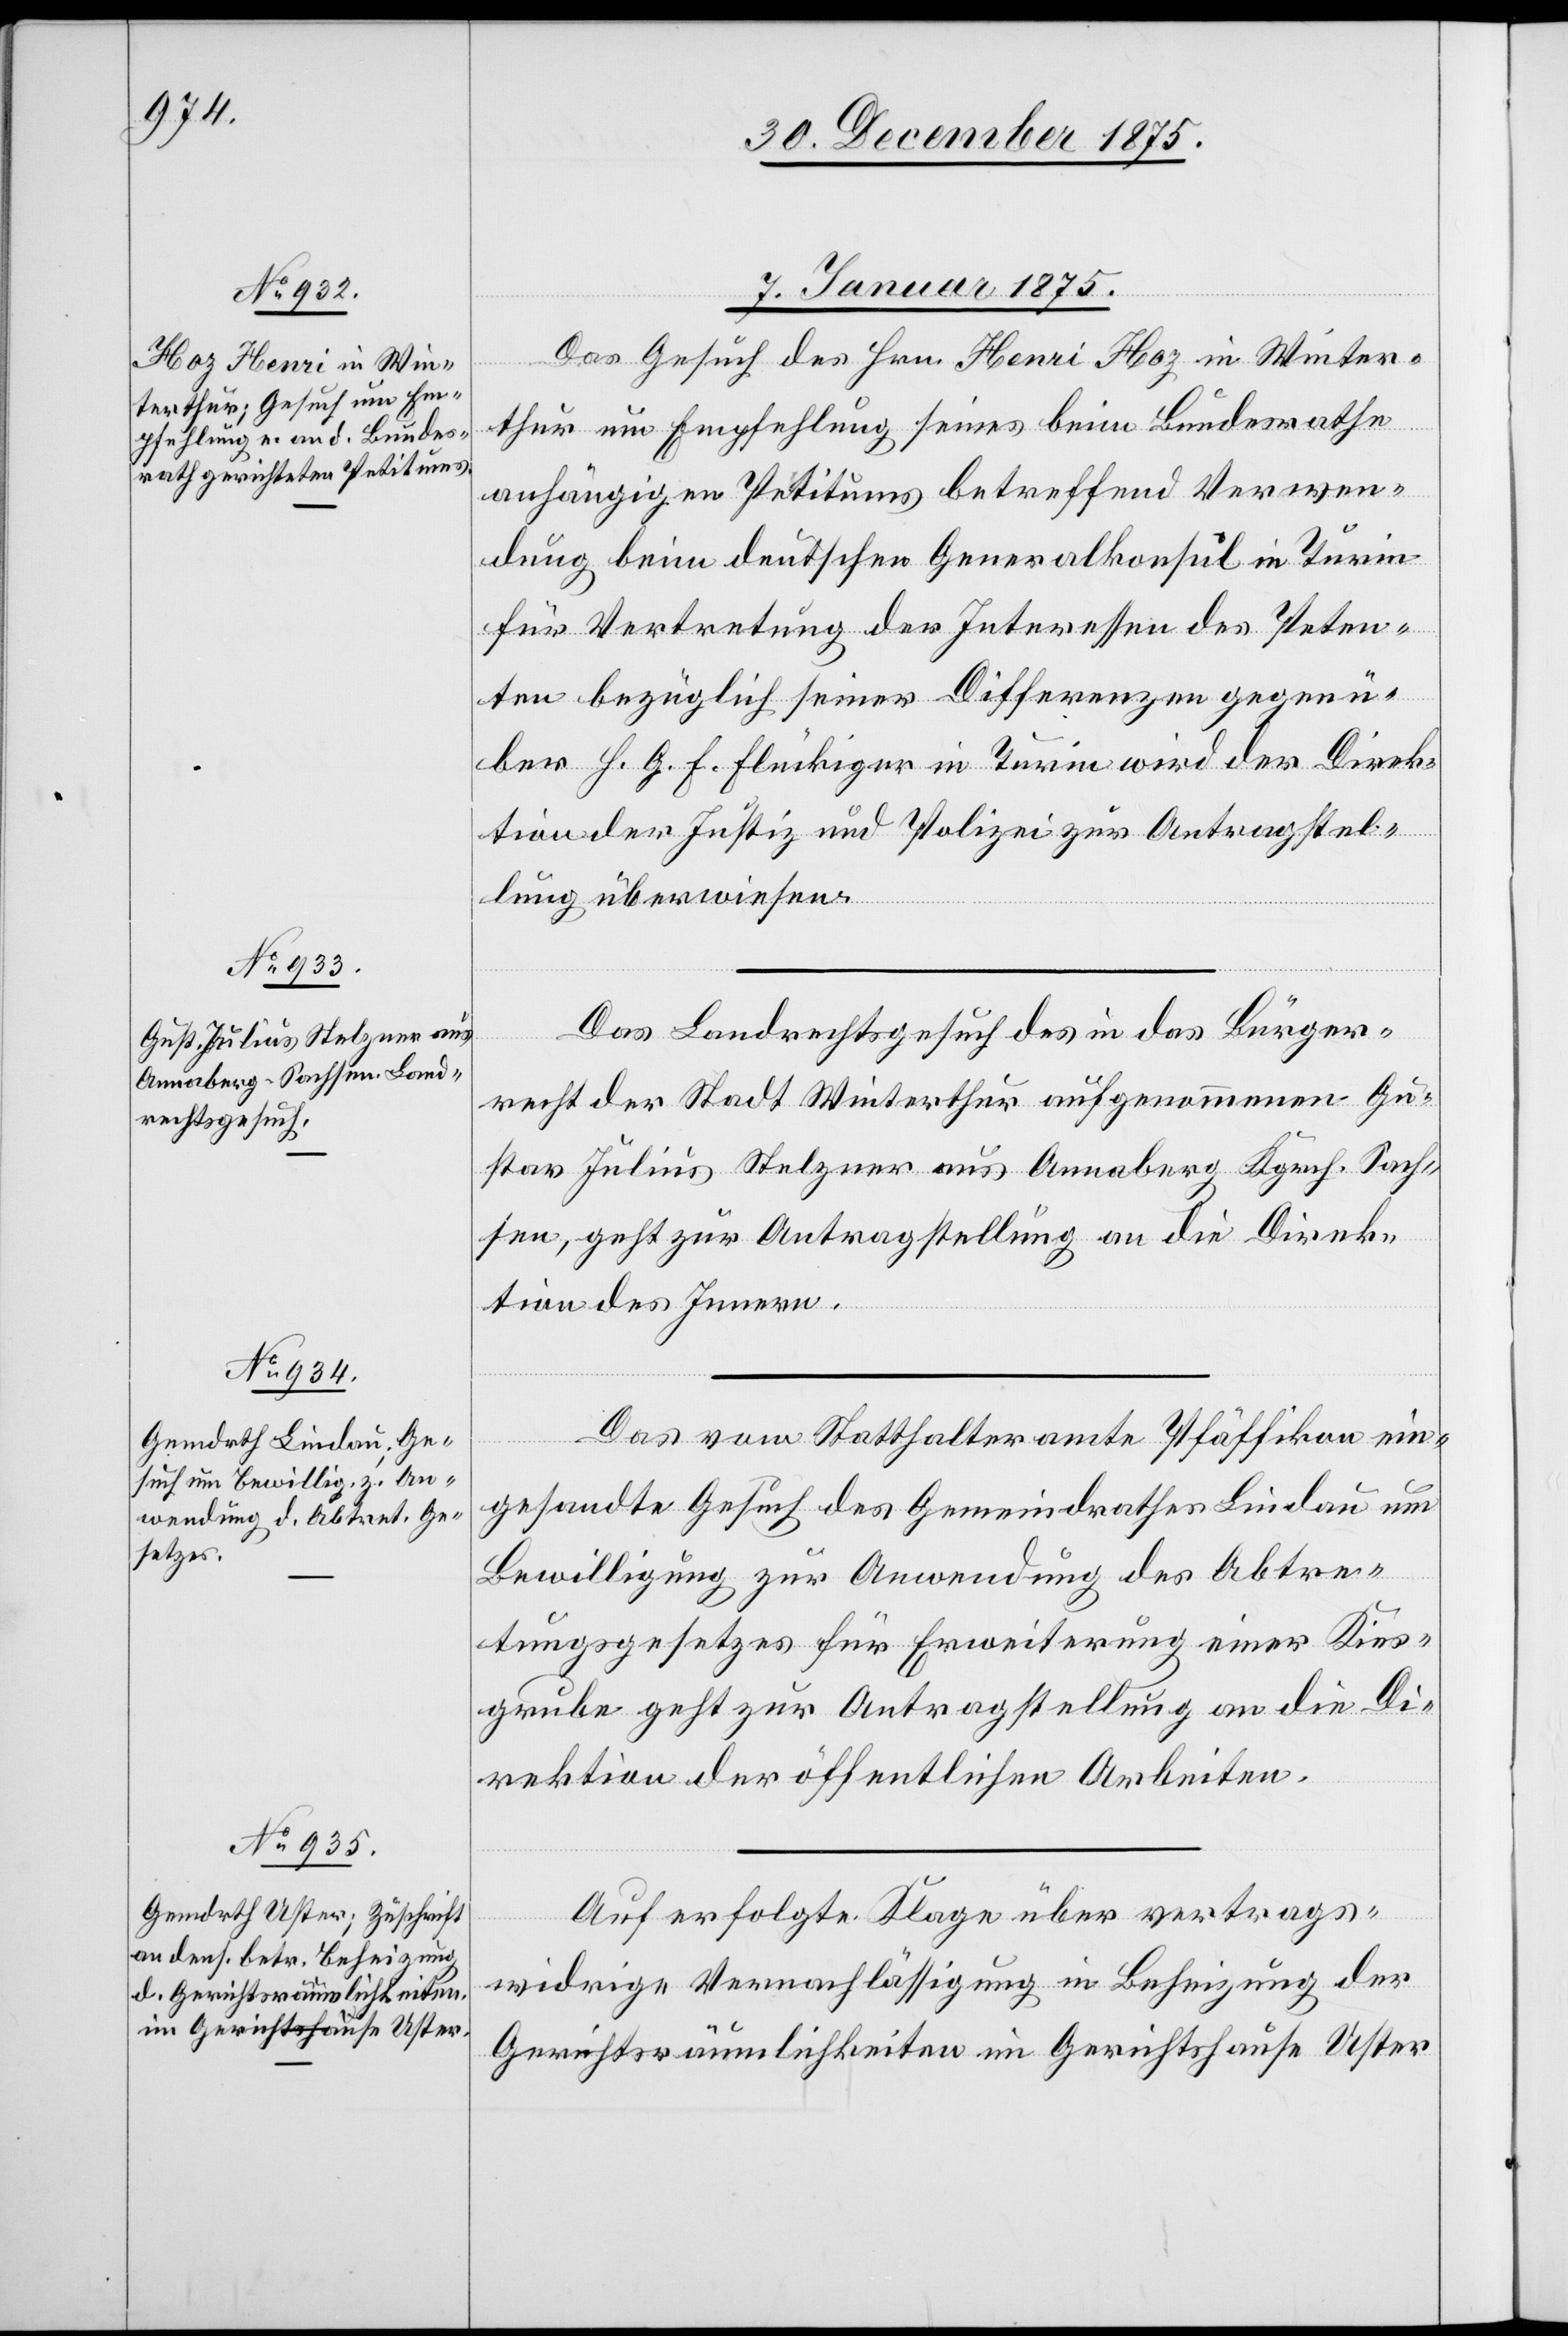
7. Januar 1876.]
Das Gesuch des Hrn. Henri Hoz in Winter¬
thur um Empfehlung seines beim Bundesrathe
anhängigen Petitums betreffend Verwen¬
dung beim deutschen Generalkonsul in Turin
für Vertretung der Interessen des Peten¬
ten bezüglich seiner Differenten gegenü¬
ber H. G. F. Flückiger in Turin wird der Direk¬
tion der Justiz und Polizei zur Antragstel¬
lung überwiesen.
Das Landrechtsgesuch des in das Bürger¬
recht der Stadt Winterthur aufgenommenen Gu¬
stav Julius Stelzner aus Annaberg Kgrch. Sach¬
sen, geht zur Antragstellung an die Direk¬
tion des Innern.
Das vom Statthalteramte Pfäffikon ein¬
gesandte Gesuch des Gemeindrathes Lindau um
Bewilligung zur Anwendung des Abtre¬
tungsgesetzes für Erweiterung einer Kies¬
grube geht zur Antragstellung am die Di¬
rektion der öffentlichen Arbeiten.
Auf erfolgte Klage über vertrags¬
widrige Vernachlässigung in Beheizung der
Gerichtsräumlichkeiten im Gerichtshause Uster